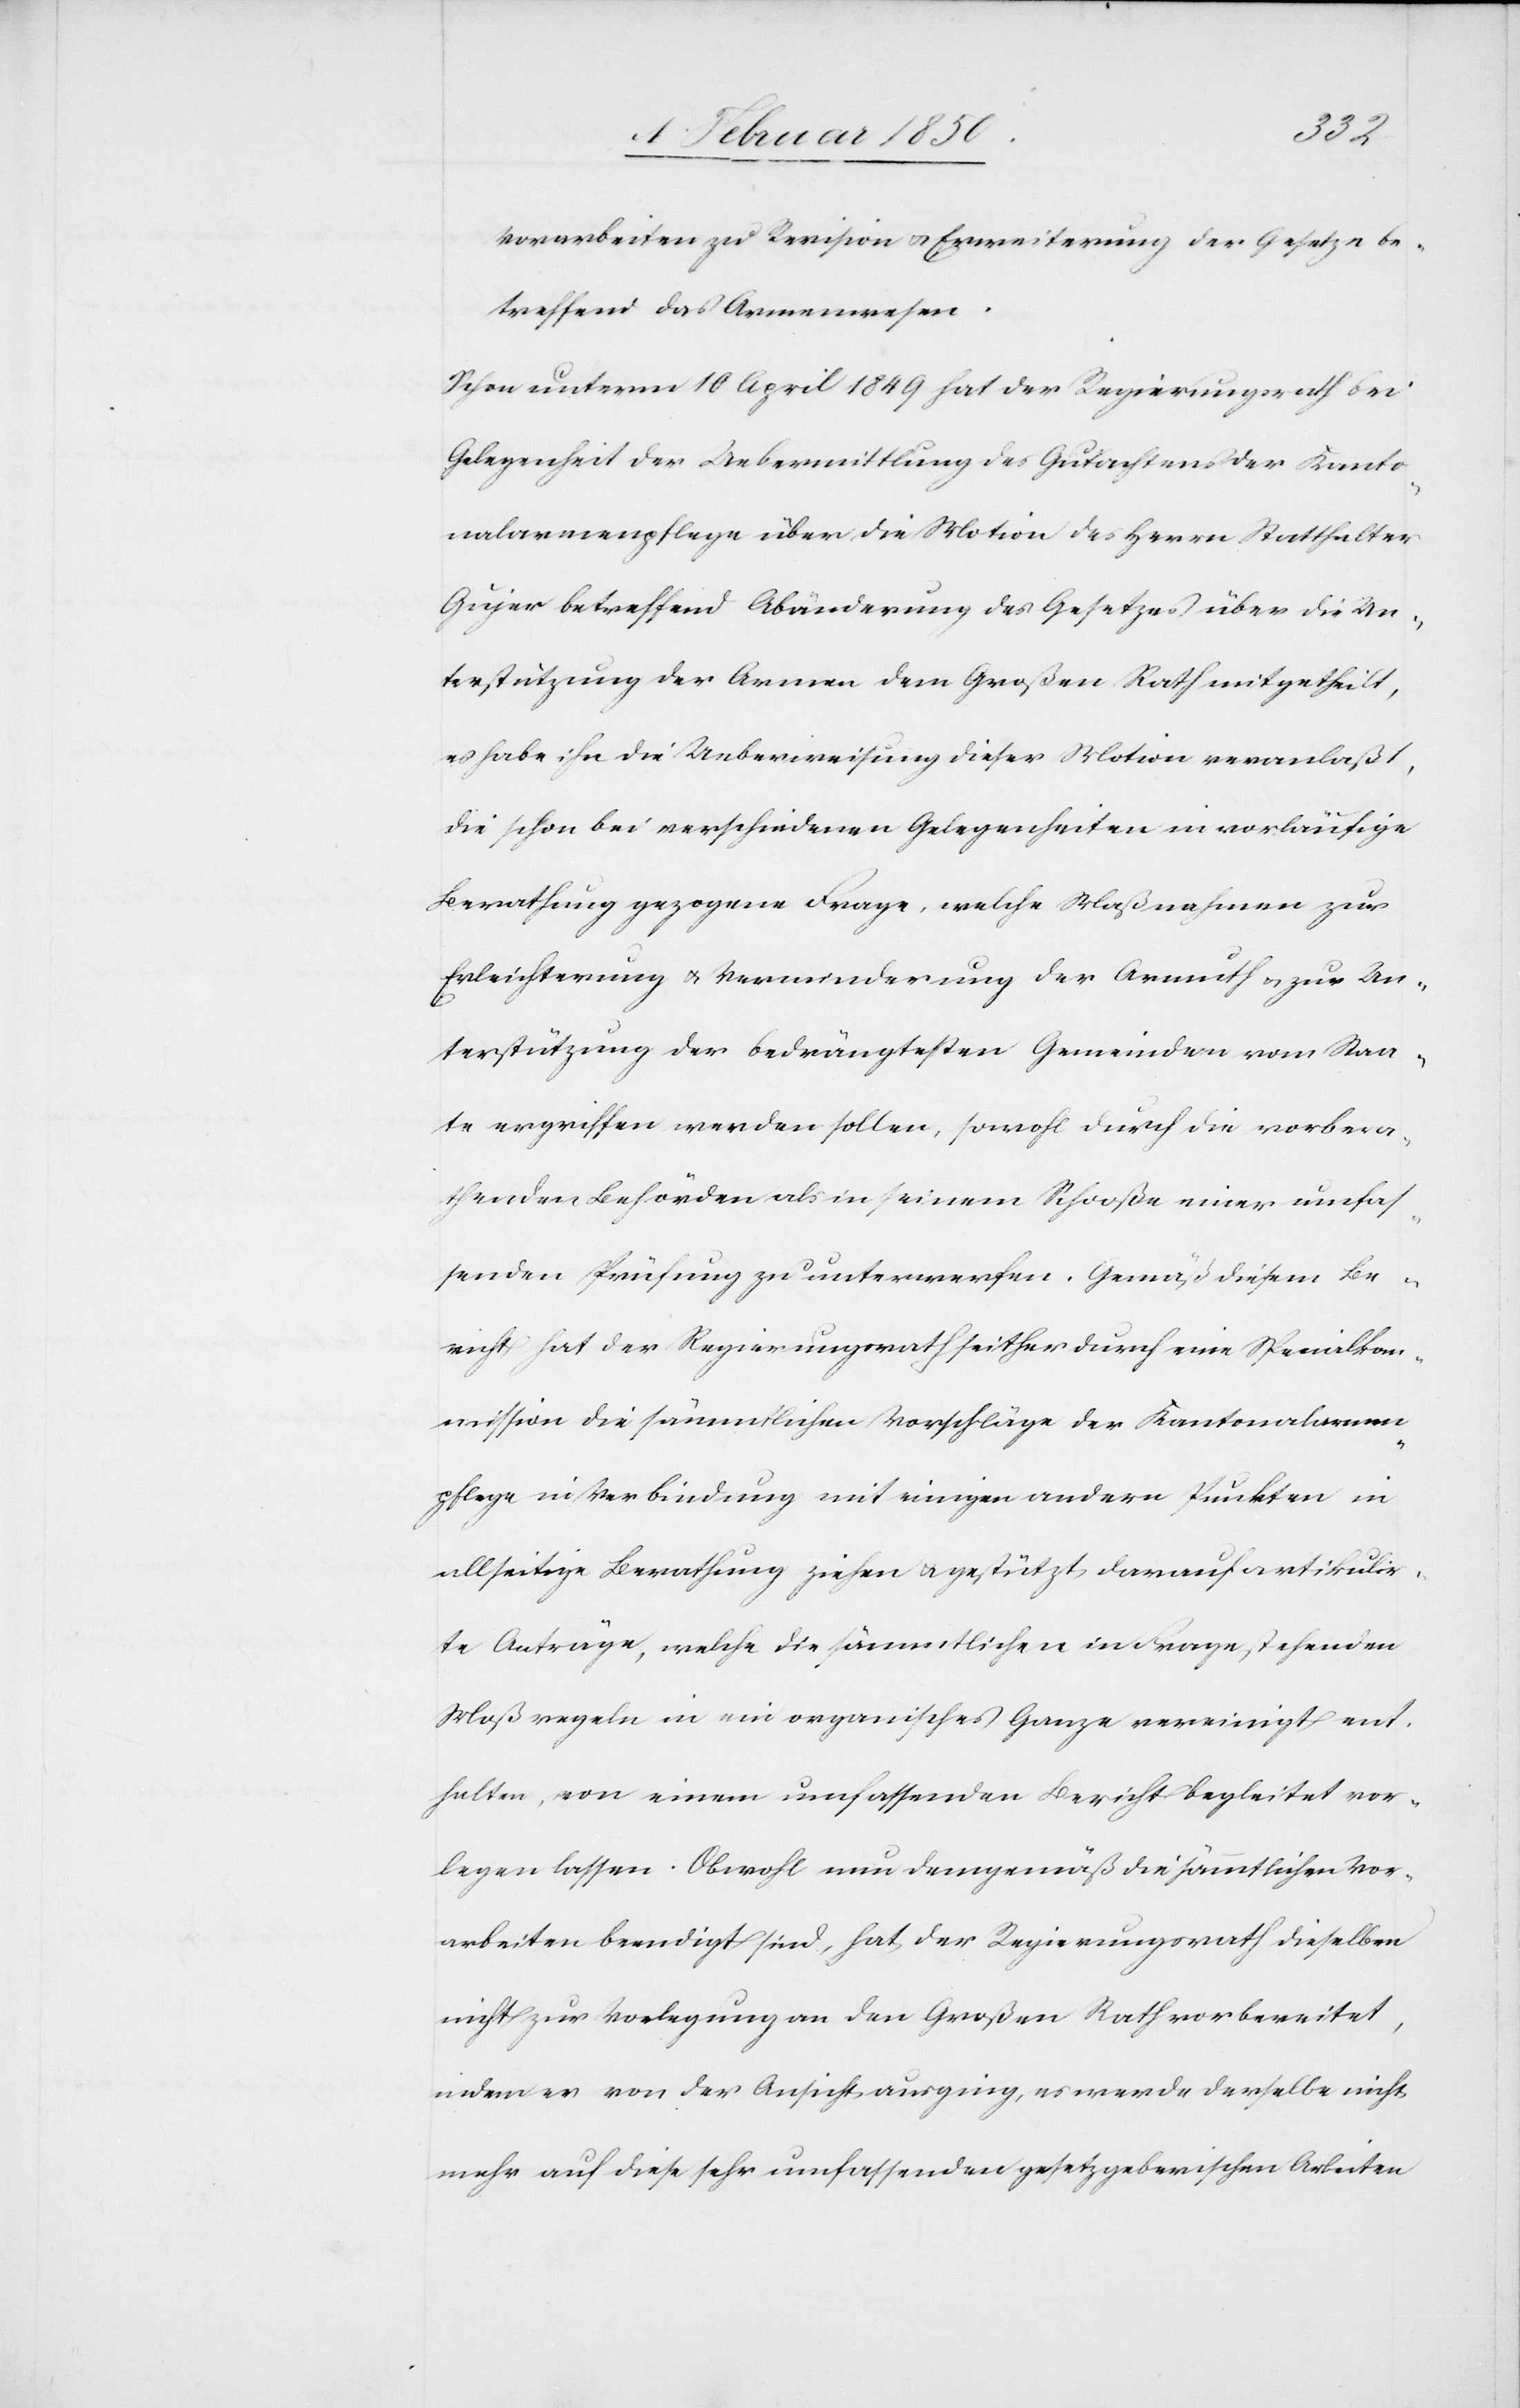
Vorarbeiten zu Revision u. Erweiterung der Gesetze be¬
treffend das Armenwesen.
Schon unterm 10 April 1849 hat der Regierungsrath bei
Gelegenheit der Uebermittlung des Gutachtens der Kanto¬
nalarmenpflege über die Motion des Herrn Statthalter
Gujer betreffend Abänderung des Gesetzes über die Un¬
terstützung der Armen dem Großen Rath mitgetheilt,
es habe ihn die Ueberweisung dieser Motion veranlaßt,
die schon bei verschiedenen Gelegenheiten in vorläufige
Berathung gezogene Frage, welche Maßnahmen zur
Erleichterung u. Verminderung der Armuth u. zur Un¬
terstützung der bedrängtesten Gemeinden vom Staa¬
te ergriffen werden sollen, sowohl durch die vorbera¬
thenden Behörden als in seinem Schooße einer umfas¬
senden Prüfung zu unterwerfen. Gemäß diesem Be¬
richt hat der Regierungsrath seither durch eine Specialko¬
mmission die sämmtlichen Vorschläge der Kantonalarmen¬
pflege in Verbindung mit einigen andern Punkten in
allseitige Berathung ziehen u. gestützt darauf artikulir¬
te Anträge, welche die sämmtlichen in Frage stehenden
Maßnahmen in ein organisches Ganze vereinigt ent¬
halten, von einem umfassenden Bericht begleitet vor¬
legen lassen. Obwohl nun demgemäß die sämmtlichen Vor¬
arbeiten beendigt sind, hat der Regierungsrath dieselben
nicht zur Vorlegung an den Großen Rath vorbereitet,
indem er von der Ansicht ausging, es werde derselbe nicht
mehr auf diese sehr umfassenden gesetzgeberischen Arbeiten